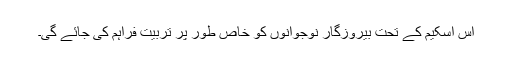
اس اسکیم کے تحت بیروزگار نوجوانوں کو خاص طور پر تربیت فراہم کی جائے گی۔